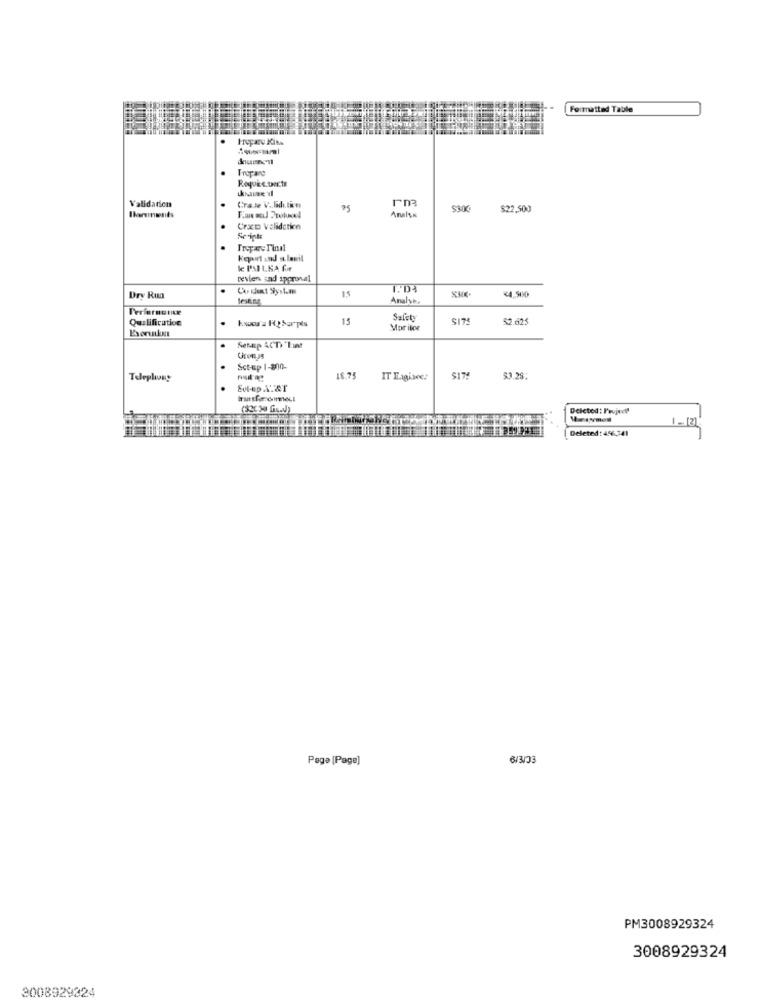
Formatted Table
Tropare
Requis.Decte
Validation
rm3
Crase V.d.i.
75
$300
$22,500
Blanments
Crxp Validation
InspeFinal
Keppet ind st lamit
& I'M LKA fr
revien End approval
.
15
Dry Rua
Analye.
44, 500
Performance
Qualification
15
Safety
SITE
2.625
.
Mor ilce
Serap ACT)"Lunt
Sct-up 1-200-
Telephony
18.75
IT Exgivec:
SIM
$3.28:
Deleted: P'wuject
-[2]
Deleted: 456,341
Page [Page]
6/3/33
PM3008929324
3008929324
3008929324